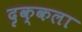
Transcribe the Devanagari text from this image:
दृक्‌कला